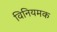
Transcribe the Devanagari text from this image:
विनियमक